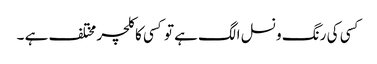
کسی کی رنگ و نسل الگ ہے تو کسی کا کلچر مختلف ہے ۔